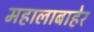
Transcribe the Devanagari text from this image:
महालाबाहेर